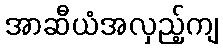
အာဆီယံအလှည့်ကျ